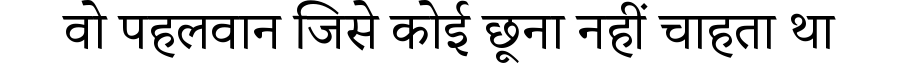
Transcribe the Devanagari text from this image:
वो पहलवान जिसे कोई छूना नहीं चाहता था